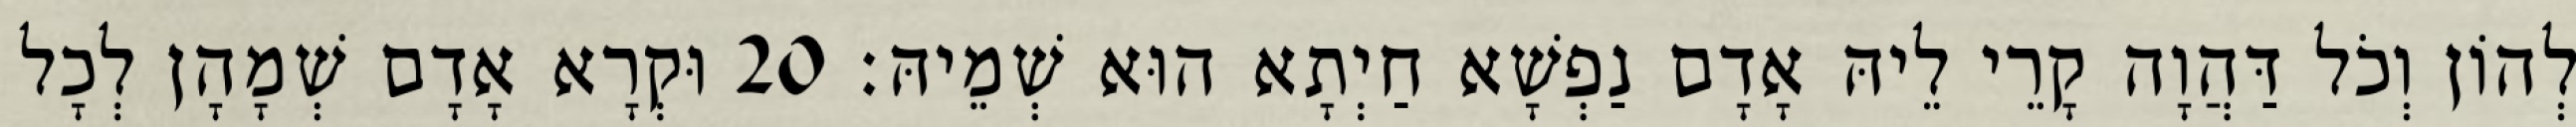
לְהוֹן וְכֹל דַּהֲוָה קָרֵי לֵיהּ אָדָם נַפְשָׁא חַיְתָא הוּא שְׁמֵיהּ׃ 20 וּקְרָא אָדָם שְׁמָהָן לְכָל